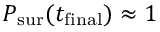
P _ { \mathrm { s u r } } ( t _ { \mathrm { f i n a l } } ) \approx 1